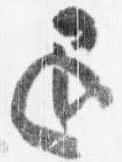
退